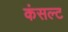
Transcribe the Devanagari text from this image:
कंसल्ट